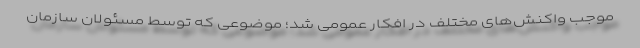
موجب واکنش‌های مختلف در افکار عمومی شد؛ موضوعی که توسط مسئولان سازمان